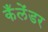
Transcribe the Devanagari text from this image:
कँलेंडर